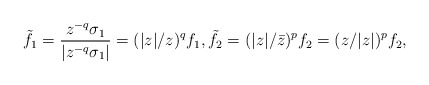
\begin{align*}\tilde f_1 = \frac{z^{-q}\sigma_1}{|z^{-q}\sigma_1|} = (|z|/z)^qf_1,\tilde f_2 = (|z|/\bar z)^pf_2= (z/|z|)^pf_2,\end{align*}